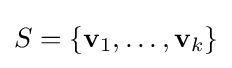
S=\{\mathbf {v} _{1},\ldots ,\mathbf {v} _{k}\}